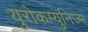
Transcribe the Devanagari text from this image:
युरोकम्युनिज्म